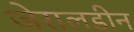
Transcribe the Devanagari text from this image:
जेरालडीन